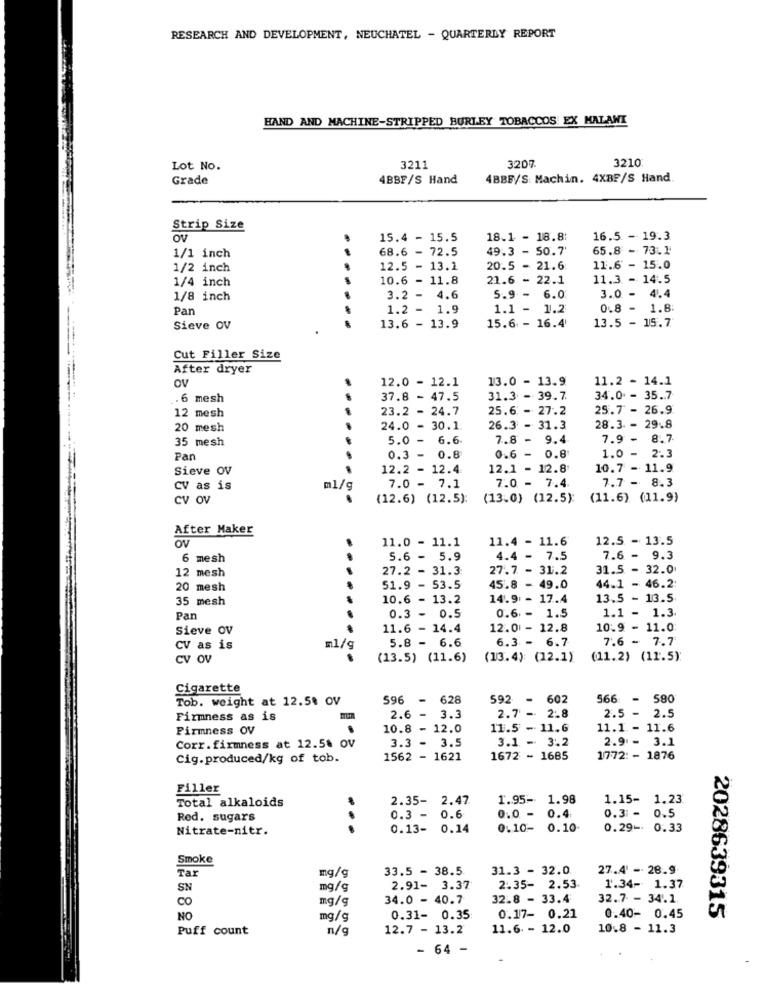
RESEARCH AND DEVELOPMENT, NEUCHATEL - QUARTERLY REPORT
HAND AND MACHINE-STRIPPED BURLEY TOBACCOS EX MALAWI
3210
Lot No.
3211
3207
Grade
4BBF/S Hand
4BBF/S. Machin. 4XBF/S Hand
Strip Size
ov
15.4 - 15.5
18.1 - 18.8:
16.5 - 19.3
68.6 - 72.5
49.3 - 50.7'
65.8 - 73.1
1/1 inch
1/2 inch
12.5 - 13.1
20.5 - 21.6:
11.6 - 15.0
1/4 inch
10.6 - 11.8
21.6 - 22.1
11.3 - 14.5
1/8 inch
3.2 -4
5.9 - 6.0
3.0 - 4.4
Pan
1.2 - 1
1.1 - 1.2
0.8 - 1.8
13.5 - 15.7
Sieve OV
13.6 - 13.9
15.6 - 16.4
Cut Filler Size
After dryer
12.0 - 12.1
13.0 - 13.9
11.2 - 14.1
Ov
. 6 mesh
37.8 - 47.5
31.3 - 39.7.
34.0 - 35.7
23.2 - 24.7
25.6 - 27.2
25.7 - 26.9
12 mesh
20 mesh
24.0 - 30.1
26.3 - 31.3
28.3 - 29.8
35 mesh
5.0 -
6.6
7.8 -
9.4
7.9 -
8.7
Pan
0.3
0.8
0.6 - 0.8
1.0 - 2.3
Sieve OV
.
12.2 - 12.4
12.1 - 12.8
10.7 - 11.9
7.0 - 7.4
7.7 - 8.3
CV as is
ml/g
7.0 - 7.1
CV OV
(12.6) (12.5):
(13.0) (12.5):
(11.6) (11.9)
After Maker
11.0 - 11.1
11.4 - 11.6
12.5 - 13.5
6 mesh
5.6 - 5.9
4.4 -
7.5
7.6 - 9.3
12 mesh
27.2 -
31.3
27.7 - 31.2
31.5 - 32.0
20 mesh
51.9
- 53.5
45.8 - 49.0
44.1 - 46.2:
35 mesh
10.6 - 13.2
14.9 - 17.4
13.5 - 13.5
0.6 - 1.5
Par
0.3 - 0.5
1.1 - 1.3
Sieve OV
11.6 - 14.4
12.01 - 12.8
10.9 - 11.0
5.8 - 6.6
6.3 - 6.7
7.6 - 7.7
CV as is
=1/9
CV OV
(13.5) (11.6)
(13.4) (12.1)
(11.2) (11.5)
Cigarette
Tob. weight at 12.5% OV
596
-
628
592 -
602
566
- 580
2.6 -
2.5 - 2.5
Firmness as is
mm
3.3
2.7
2:8
Firmness OV
10.8
- 12.0
11.5 - 11.6
11.1 - 11.6
3.3 - 3.5
3.1 - 3.2
2.9 - 3.1
Corr.firmness at 12.5% OV
Cig.produced/kg of tob.
1562 - 1621
1672 - 1685
1772: - 1876
Filler
Total alkaloids
2.35- 2.47
1.95- 1.98
1.15- 1.23
0.0 -
0.4
0.3: -
0.5
Red. sugars
0.3 -
0.6
Nitrate-nitr.
...
0.13-
0.14
0.10-
0.10-
0.29- 0.33
Smoke
Ta
mg/g
33.5 - 38.5
31.3 - 32.0
27.4' - 28.9
2.35- 2.53
SN
mg/g
2.91- 3.37
1.34- 1.37
CO
mg/g
34.0 - 40.7
32.8 - 33.4
32.7 - 34.1.
0.40- 0.45
NO
mg/g
0.31- 0.35
0.17- 0.21
2028639315
Puff count
n/g
12.7 - 13.2
11.6. - 12.0
10.8 - 11.3
- 64 -